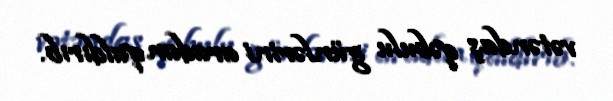
vətəndaş qəbulu günlərini aradan qaldırıb.